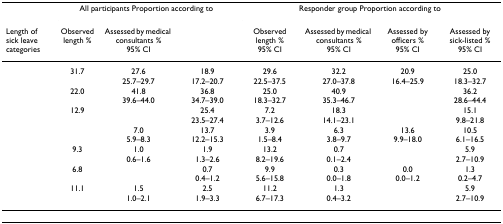
<table><thead><tr><td>[EMPTY_CELL]</td><td colspan="3"><b>All participants Proportion according to</b></td><td colspan="4"><b>Responder group Proportion according to</b></td></tr><tr><td><b>Length of sick leave categories</b></td><td><b>Observed length %</b></td><td><b>Assessed by medical consultants % 95% CI</b></td><td>[EMPTY_CELL]</td><td><b>Observed length % 95% CI</b></td><td><b>Assessed by medical consultants % 95% CI</b></td><td><b>Assessed by officers % 95% CI</b></td><td><b>Assessed by sick-listed % 95% CI</b></td></tr></thead><tbody><tr><td>[EMPTY_CELL]</td><td>31.7</td><td>27.6 25.7–29.7</td><td>18.9 17.2–20.7</td><td>29.6 22.5–37.5</td><td>32.2 27.0–37.8</td><td>20.9 16.4–25.9</td><td>25.0 18.3–32.7</td></tr><tr><td>[EMPTY_CELL]</td><td>22.0</td><td>41.8 39.6–44.0</td><td>36.8 34.7–39.0</td><td>25.0 18.3–32.7</td><td>40.9 35.3–46.7</td><td>[EMPTY_CELL]</td><td>36.2 28.6–44.4</td></tr><tr><td>[EMPTY_CELL]</td><td>12.9</td><td>[EMPTY_CELL]</td><td>25.4 23.5–27.4</td><td>7.2 3.7–12.6</td><td>18.3 14.1–23.1</td><td>[EMPTY_CELL]</td><td>15.1 9.8–21.8</td></tr><tr><td>[EMPTY_CELL]</td><td>[EMPTY_CELL]</td><td>7.0 5.9–8.3</td><td>13.7 12.2–15.3</td><td>3.9 1.5–8.4</td><td>6.3 3.8–9.7</td><td>13.6 9.9–18.0</td><td>10.5 6.1–16.5</td></tr><tr><td>[EMPTY_CELL]</td><td>9.3</td><td>1.0 0.6–1.6</td><td>1.9 1.3–2.6</td><td>13.2 8.2–19.6</td><td>0.7 0.1–2.4</td><td>[EMPTY_CELL]</td><td>5.9 2.7–10.9</td></tr><tr><td>[EMPTY_CELL]</td><td>6.8</td><td>[EMPTY_CELL]</td><td>0.7 0.4–1.2</td><td>9.9 5.6–15.8</td><td>0.3 0.0–1.8</td><td>0.0 0.0–1.2</td><td>1.3 0.2–4.7</td></tr><tr><td>[EMPTY_CELL]</td><td>11.1</td><td>1.5 1.0–2.1</td><td>2.5 1.9–3.3</td><td>11.2 6.7–17.3</td><td>1.3 0.4–3.2</td><td>[EMPTY_CELL]</td><td>5.9 2.7–10.9</td></tr></tbody></table>